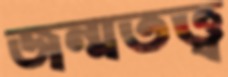
জন্মতত্ত্ব